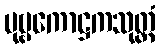
ပုဗ္ဗကောဋ္ဌကသုတ္တံ